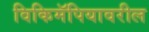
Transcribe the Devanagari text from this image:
विकिमॅपियावरील